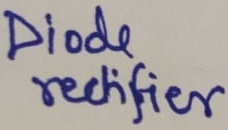
Text: Diode rectifier